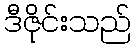
ဒီဇိုင်းသည်